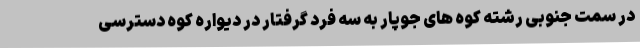
در سمت جنوبی رشته کوه های جوپار به سه فرد گرفتار در دیواره کوه دسترسی